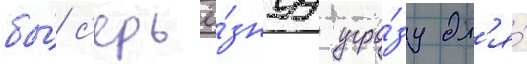
бы́ с'ерьё́знуу угро́зу дл'я́